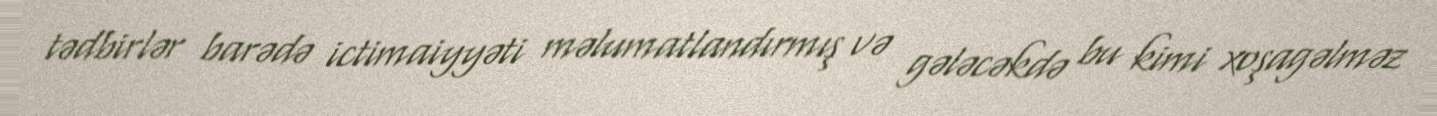
tədbirlər barədə ictimaiyyəti məlumatlandırmış və gələcəkdə bu kimi xoşagəlməz